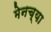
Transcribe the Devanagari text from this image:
मेनच्या